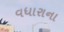
વધારાના